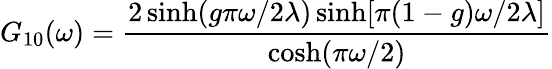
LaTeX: G_{10}(\omega)=\frac{2\sinh(g\pi\omega/2\lambda)\sinh[\pi(1-g)\omega/2\lambda]}{\cosh(\pi\omega/2)}